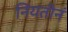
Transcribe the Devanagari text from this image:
नियतीनं